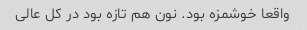
واقعا خوشمزه بود. نون هم تازه بود در کل عالی